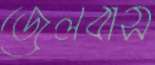
জেলবাস